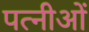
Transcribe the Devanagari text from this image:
पत्नीओं